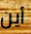
أين